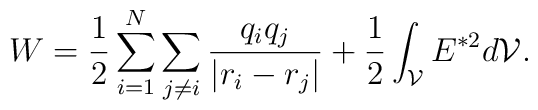
W=\frac{1}{2}\sum^{N}_{i=1}\sum_{j\neq i}\frac{q_i q_j}{\vert r_i-r_j\vert}+\frac{1}{2}\int_{\cal V} E^{{\ast}2} d{\cal V}.